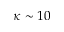
\kappa \sim 1 0